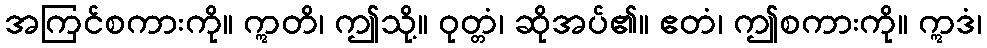
အကြင်စကားကို။ ဣတိ၊ ဤသို့။ ဝုတ္တံ၊ ဆိုအပ်၏။ ဧတံ၊ ဤစကားကို။ ဣဒံ၊